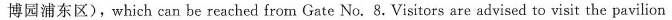
博园浦东区),which can be reached from Gate No. 8. Visitors are advised to visit the pavilion